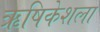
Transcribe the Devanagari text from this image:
ऋषिकेशला